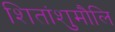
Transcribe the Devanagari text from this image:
शितांशुमौलि